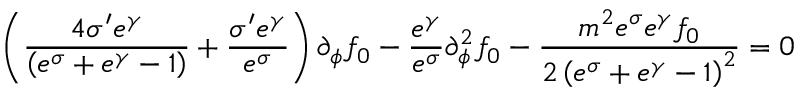
\left( \frac { 4 \sigma ^ { \prime } e ^ { \gamma } } { \left( e ^ { \sigma } + e ^ { \gamma } - 1 \right) } + \frac { \sigma ^ { \prime } e ^ { \gamma } } { e ^ { \sigma } } \right) \partial _ { \phi } f _ { 0 } - \frac { e ^ { \gamma } } { e ^ { \sigma } } \partial _ { \phi } ^ { 2 } f _ { 0 } - \frac { m ^ { 2 } e ^ { \sigma } e ^ { \gamma } f _ { 0 } } { 2 \left( e ^ { \sigma } + e ^ { \gamma } - 1 \right) ^ { 2 } } = 0